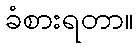
ခံစားရတာ။